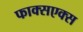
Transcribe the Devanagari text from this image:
फाक्सएक्स